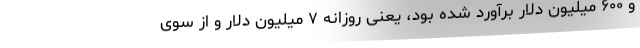
و ۶۰۰ میلیون دلار برآورد شده بود، یعنی روزانه ۷ میلیون دلار و از سوی